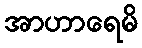
အာဟာရေမိ